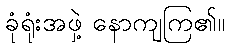
ခုံရုံးအဖှဲ့ နောကျကြ၏။